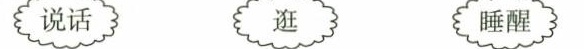
说话 逛 睡醒